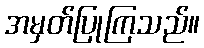
အမှတ်ပြုကြသည်။